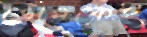
ডোমকেই